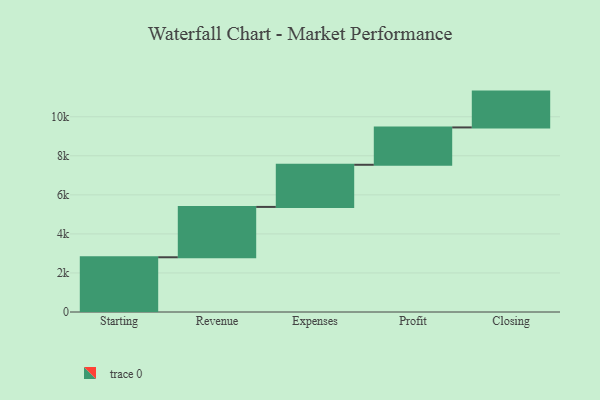
{"axis": {"x": "Step", "y": "Value"}, "legend": [""], "data": [{"x": "Starting", "y": 2803.0, "type": ""}, {"x": "Revenue", "y": 2579.0, "type": ""}, {"x": "Expenses", "y": 2158.0, "type": ""}, {"x": "Profit", "y": 1913.0, "type": ""}, {"x": "Closing", "y": 1835.0, "type": ""}]}